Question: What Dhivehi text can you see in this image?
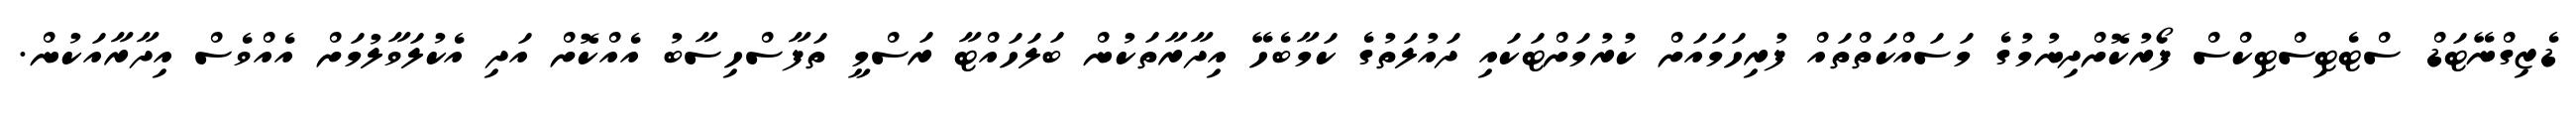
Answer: ޑެޒިގްނޭޓަޑް ސްޓެޓިސްޓިކްސް ފޯރުކޮށްދިނުމުގެ މަސައްކަތްތައް ފުރިހަމައަށް ކުރުމަށްޓަކައި ދައުލަތުގެ ކަމާބެހޭ އިދާރާތަކުން ބަލަހައްޓާ ރަސްމީ ތަފާސްހިސާބު އެއްކޮށް އަދި އެކުލަވާލުމަށް އެއްވެސް އިދާރާއަކުން.